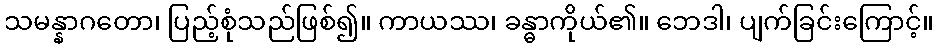
သမန္နာဂတော၊ ပြည့်စုံသည်ဖြစ်၍။ ကာယဿ၊ ခန္ဓာကိုယ်၏။ ဘေဒါ၊ ပျက်ခြင်းကြောင့်။